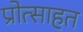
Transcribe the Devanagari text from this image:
प्रोत्साहत